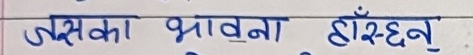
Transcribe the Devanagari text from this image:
जसका भावना हाँस्छन् ।